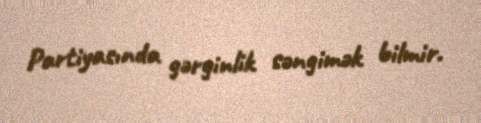
Partiyasında gərginlik səngimək bilmir.